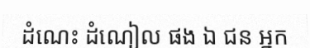
ដំណេះ ដំណៀល ផង ឯ ជន អ្នក